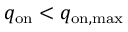
q _ { \mathrm { o n } } < q _ { \mathrm { o n , m a x } }